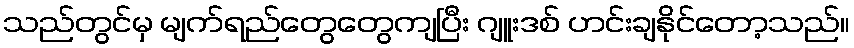
သည်တွင်မှ မျက်ရည်တွေတွေကျပြီး ဂျူးဒစ် ဟင်းချနိုင်တော့သည်။